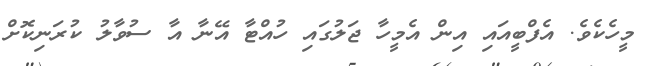
މީހެކެވެ. އެފްބީއައި އިން އެމީހާ ޖަލުގައި ހުއްޓާ އޭނާ އާ ސުވާލު ކުރަނިކޮށް